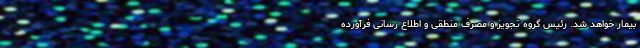
بیمار خواهد شد. رئیس گروه تجویز و مصرف منطقی و اطلاع رسانی فرآورده